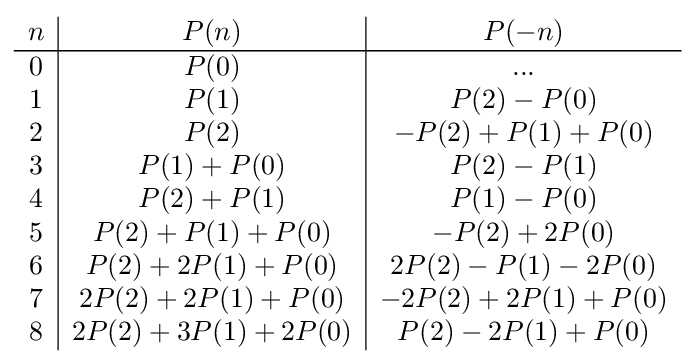
{\begin{array}{c|c|c}n&P(n)&P(-n)\\\hline 0&P(0)&...\\1&P(1)&P(2)-P(0)\\2&P(2)&-P(2)+P(1)+P(0)\\3&P(1)+P(0)&P(2)-P(1)\\4&P(2)+P(1)&P(1)-P(0)\\5&P(2)+P(1)+P(0)&-P(2)+2P(0)\\6&P(2)+2P(1)+P(0)&2P(2)-P(1)-2P(0)\\7&2P(2)+2P(1)+P(0)&-2P(2)+2P(1)+P(0)\\8&2P(2)+3P(1)+2P(0)&P(2)-2P(1)+P(0)\end{array}}